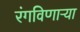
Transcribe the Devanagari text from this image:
रंगविणाऱ्या